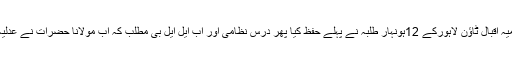
جامعہ دارالعلوم الاسلامیہ اقبال ٹاﺅن لاہورکے 12ہونہار طلبہ نے پہلے حفظ کیا پھر درس نظامی اور اب ایل ایل بی مطلب کہ اب مولانا حضرات نے عدلیہ کا رخ بھی کرلیا ہے۔